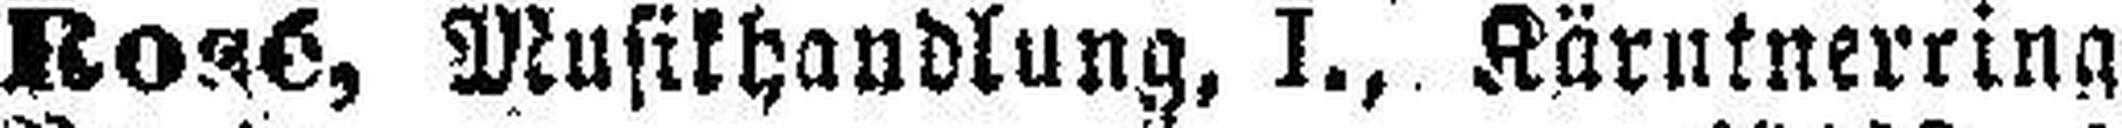
Rosé, Musikhandlung, I., Kärntnerring